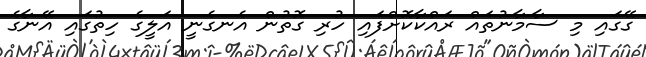
ގޭގައި މި ސާމާނުތައް ރައްކާކޮށްފައި ހުރި ގޮތުން އެނގެނީ އަލީގެ ހިތުގައި އޭނާގެ